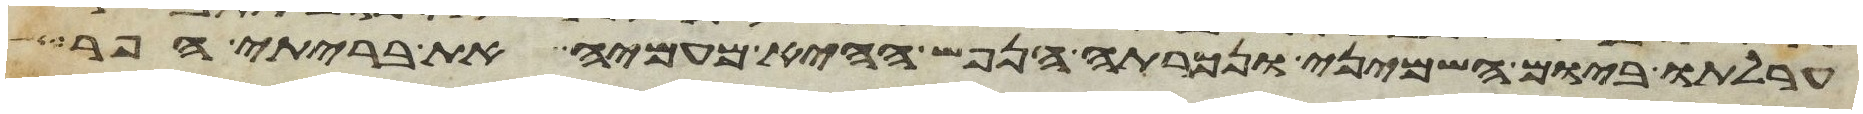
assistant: ערלתו ביום השמיני ונכרתה הנפש ההיא מעמיה את בריתי הפר